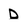
Character: d